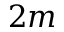
2 m